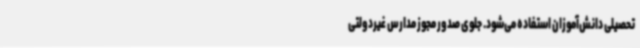
تحصیلی دانش‌آموزان استفاده می‌شود. جلوی صدور مجوز مدارس غیردولتی